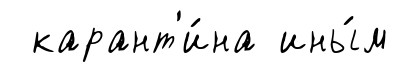
карант'и́на ины́м